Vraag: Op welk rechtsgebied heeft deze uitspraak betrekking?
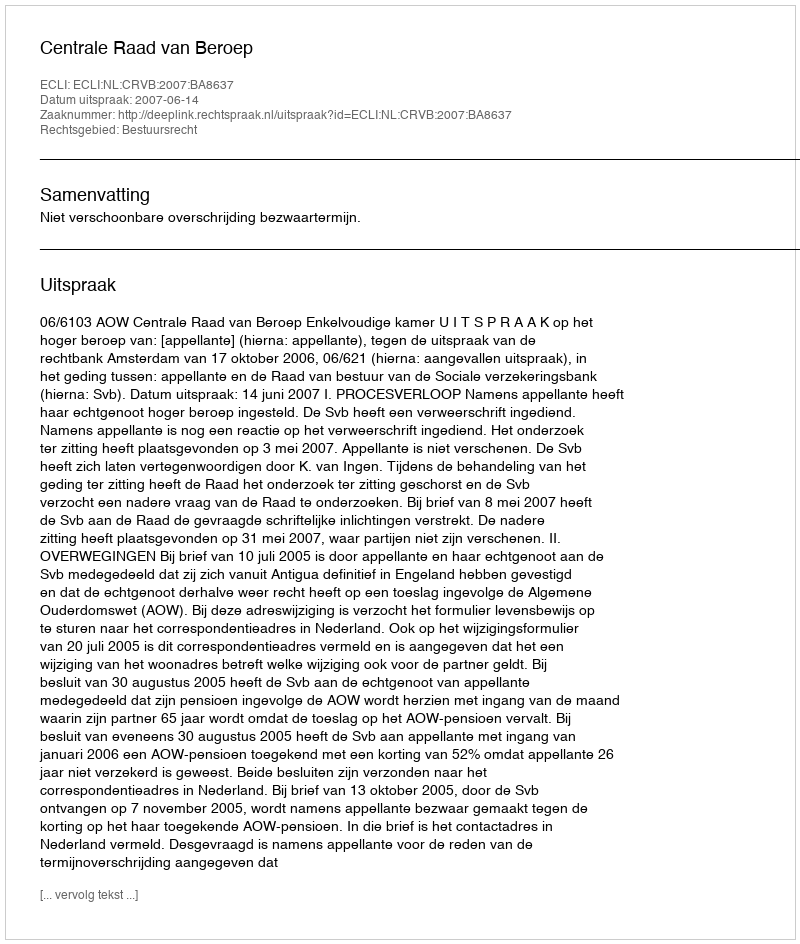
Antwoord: Bestuursrecht